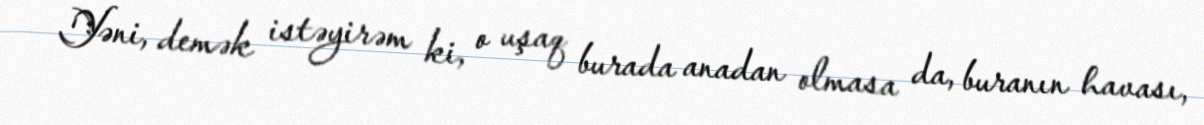
Yəni, demək istəyirəm ki, o uşaq burada anadan olmasa da, buranın havası,